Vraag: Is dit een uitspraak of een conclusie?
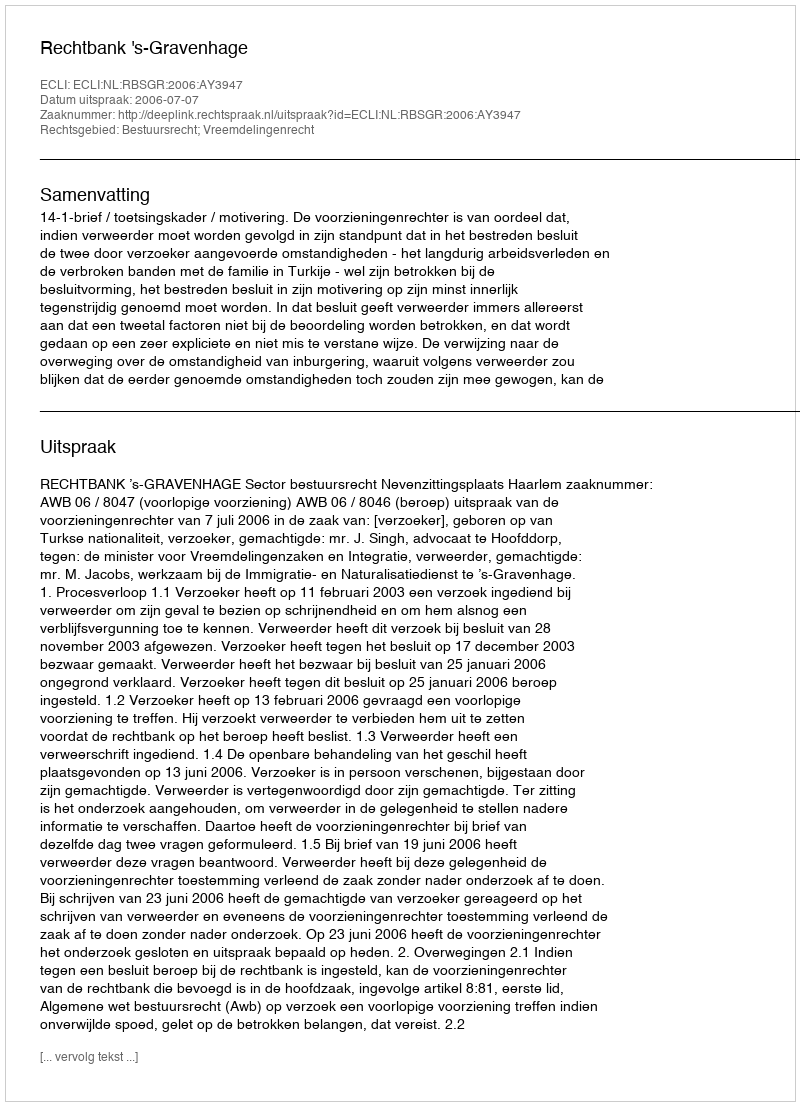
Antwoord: Uitspraak